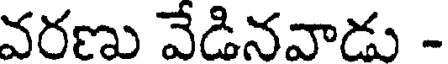
వరణు వేడినవాడు -